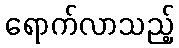
ရောက်လာသည့်